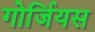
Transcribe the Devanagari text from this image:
गोर्जियस